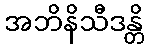
အဘိနိသီဒန္တိ